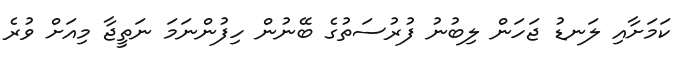
ކަމަށާއި ލަނޑު ޖަހަން ލިބުނު ފުރުސަތުގެ ބޭނުން ހިފުންނަމަ ނަތީޖާ މިއަށް ވުރެ